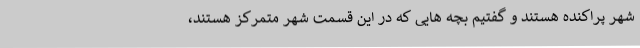
شهر پراکنده هستند و گفتیم بچه هایی که در این قسمت شهر متمرکز هستند،